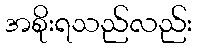
အစိုးရသည်လည်း